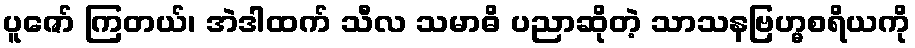
ပူဇော် ကြတယ်၊ အဲဒါထက် သီလ သမာဓိ ပညာဆိုတဲ့ သာသနဗြဟ္မစရိယကို